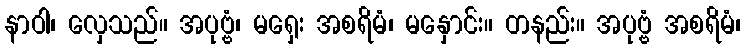
နာဝါ၊ လှေသည်။ အပုဗ္ဗံ၊ မရှေး အစရိမံ၊ မနှောင်း။ တနည်း။ အပုဗ္ဗံ အစရိမံ၊